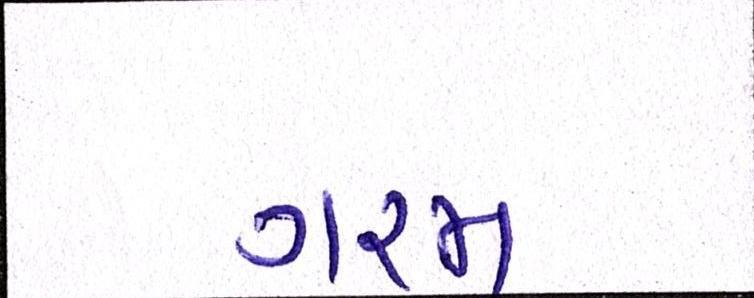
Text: ગરમ